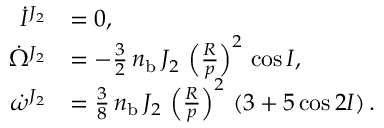
\begin{array} { r l } { \dot { I } ^ { J _ { 2 } } } & { = 0 , } \\ { \dot { \Omega } ^ { J _ { 2 } } } & { = - \frac { 3 } { 2 } \, n _ { \mathrm { b } } \, J _ { 2 } \, \left( \frac { R } { p } \right) ^ { 2 } \, \cos I , } \\ { \dot { \omega } ^ { J _ { 2 } } } & { = \frac { 3 } { 8 } \, n _ { \mathrm { b } } \, J _ { 2 } \, \left( \frac { R } { p } \right) ^ { 2 } \, \left( 3 + 5 \cos 2 I \right) . } \end{array}